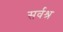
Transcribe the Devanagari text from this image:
सर्वश्र